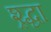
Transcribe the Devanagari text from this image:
श्र्द्धा